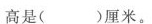
高是()厘米。